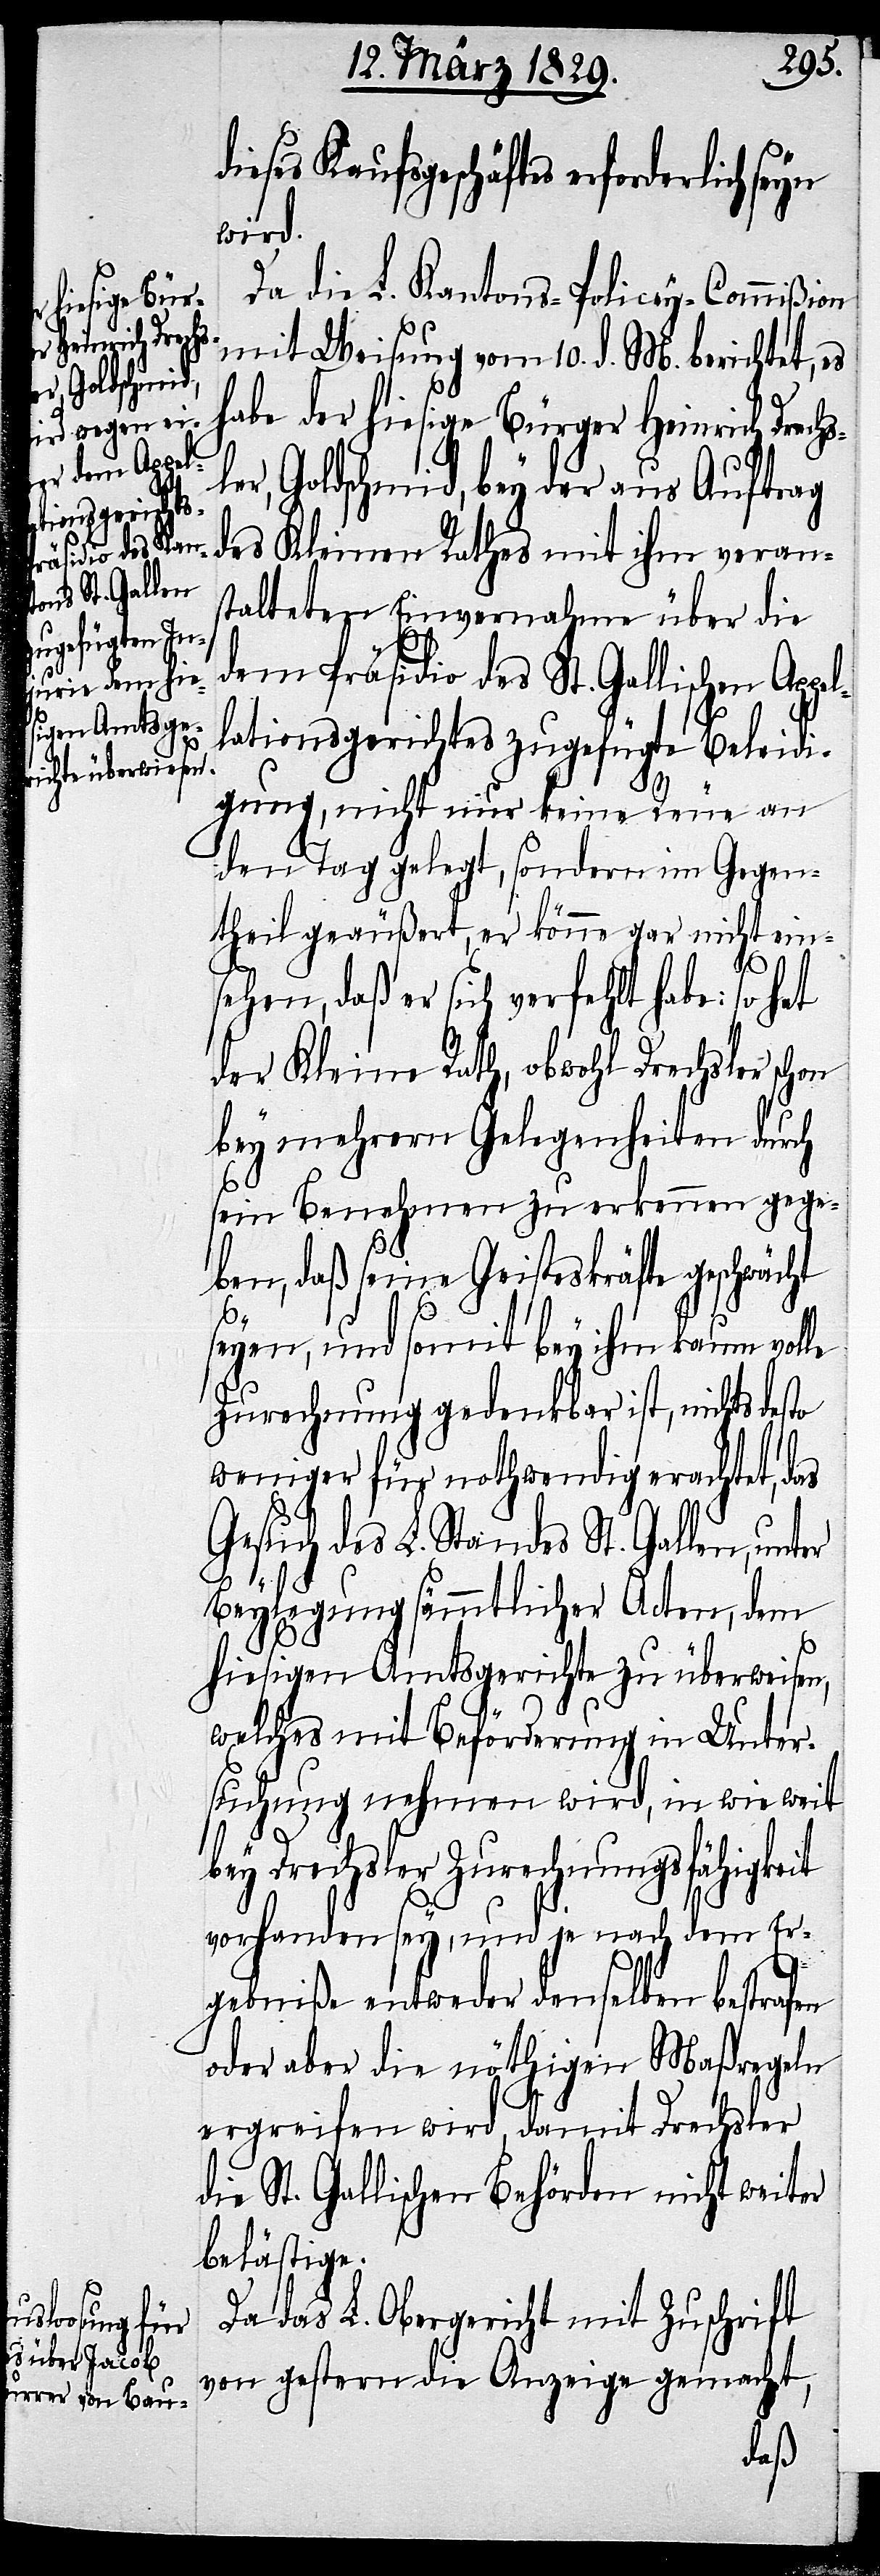
dieses Geschäfts erforderlich seyn
wird.
Da die L. Kantons-Policey-Commißion
mit Weisung vom 10. d. M. berichtet, es
habe der hiesige Bürger Heinrich Drech¬
ler, Goldschmid, bey der aus Auftrag
des Kleinen Rathes mit ihm veran¬
stalteten Einvernahme über die
dem Präsidio des St. Gallischen App¬
lationsgerichtes zugefügte Beleidi¬
el¬
gung, nicht nur keine Reue an
den Tag gelegt, sondern im Gegen¬
theil geäußert, er könne gar nicht einse¬
hen, daß er sich verfehlt habe: so hat
der Kleine Rath, obwohl Drechsler schon
bey mehrern Gelegenheiten durch
sein Benehmen zu erkennen gege¬
ben, daß seine Geisteskräfte geschwächt
seyen, und somit bey ihm kaum volle
Zurechnung gedenkbar ist, nichts desto
weniger für nothwendig erachtet, das
Gesuch des L. Standes St. Gallen, unter
Beylegung sämmtlicher Acten, dem
hiesigen Amtsgerichte zu überweisen,
welches mit Beförderung in Unter¬
suchung nehmen wird, in wie weit
bey Drechsler Zurechnungsfähigkeit
vorhanden sey, und je nach dem Er¬
gebniße entweder denselben bestrafen
oder aber die nöthigen Maßregeln
ergreifen wird, damit Drechsler
die St. Gallischen Behörden nicht weiter
belästige.
Da das L. Obergericht mit Zuschrift
von gestern die Anzeige gemacht,